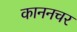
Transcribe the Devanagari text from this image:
काननचर